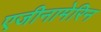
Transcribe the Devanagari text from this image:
एजीनामेरिन